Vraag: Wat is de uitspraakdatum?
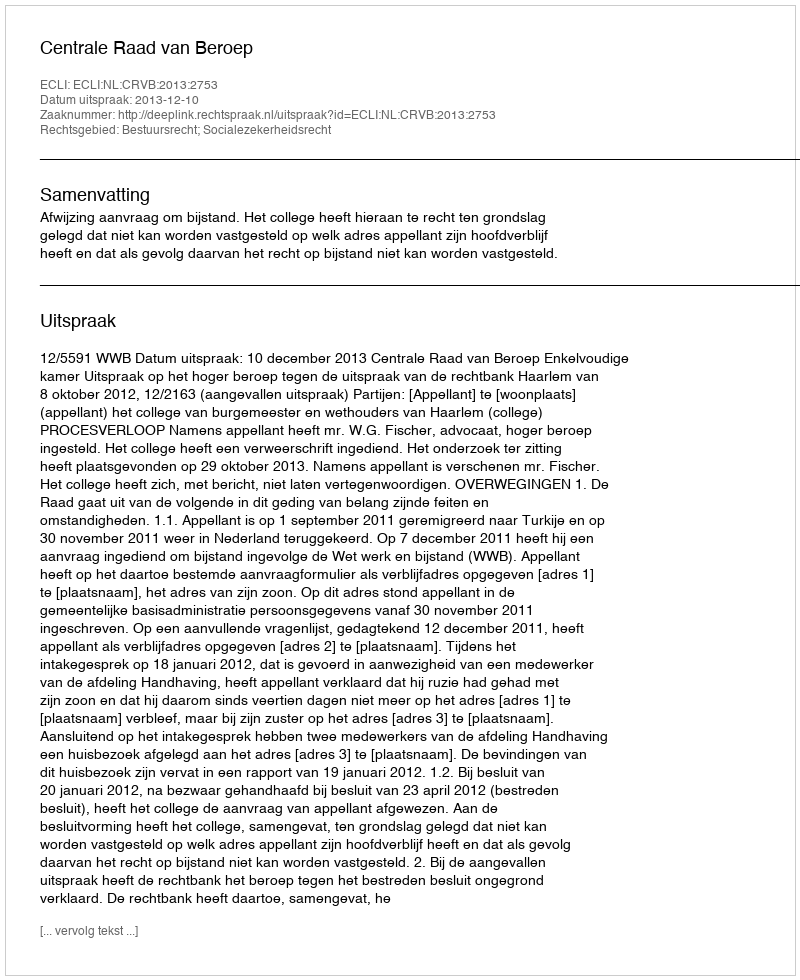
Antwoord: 2013-12-10